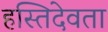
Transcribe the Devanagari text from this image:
हस्तिदेवता